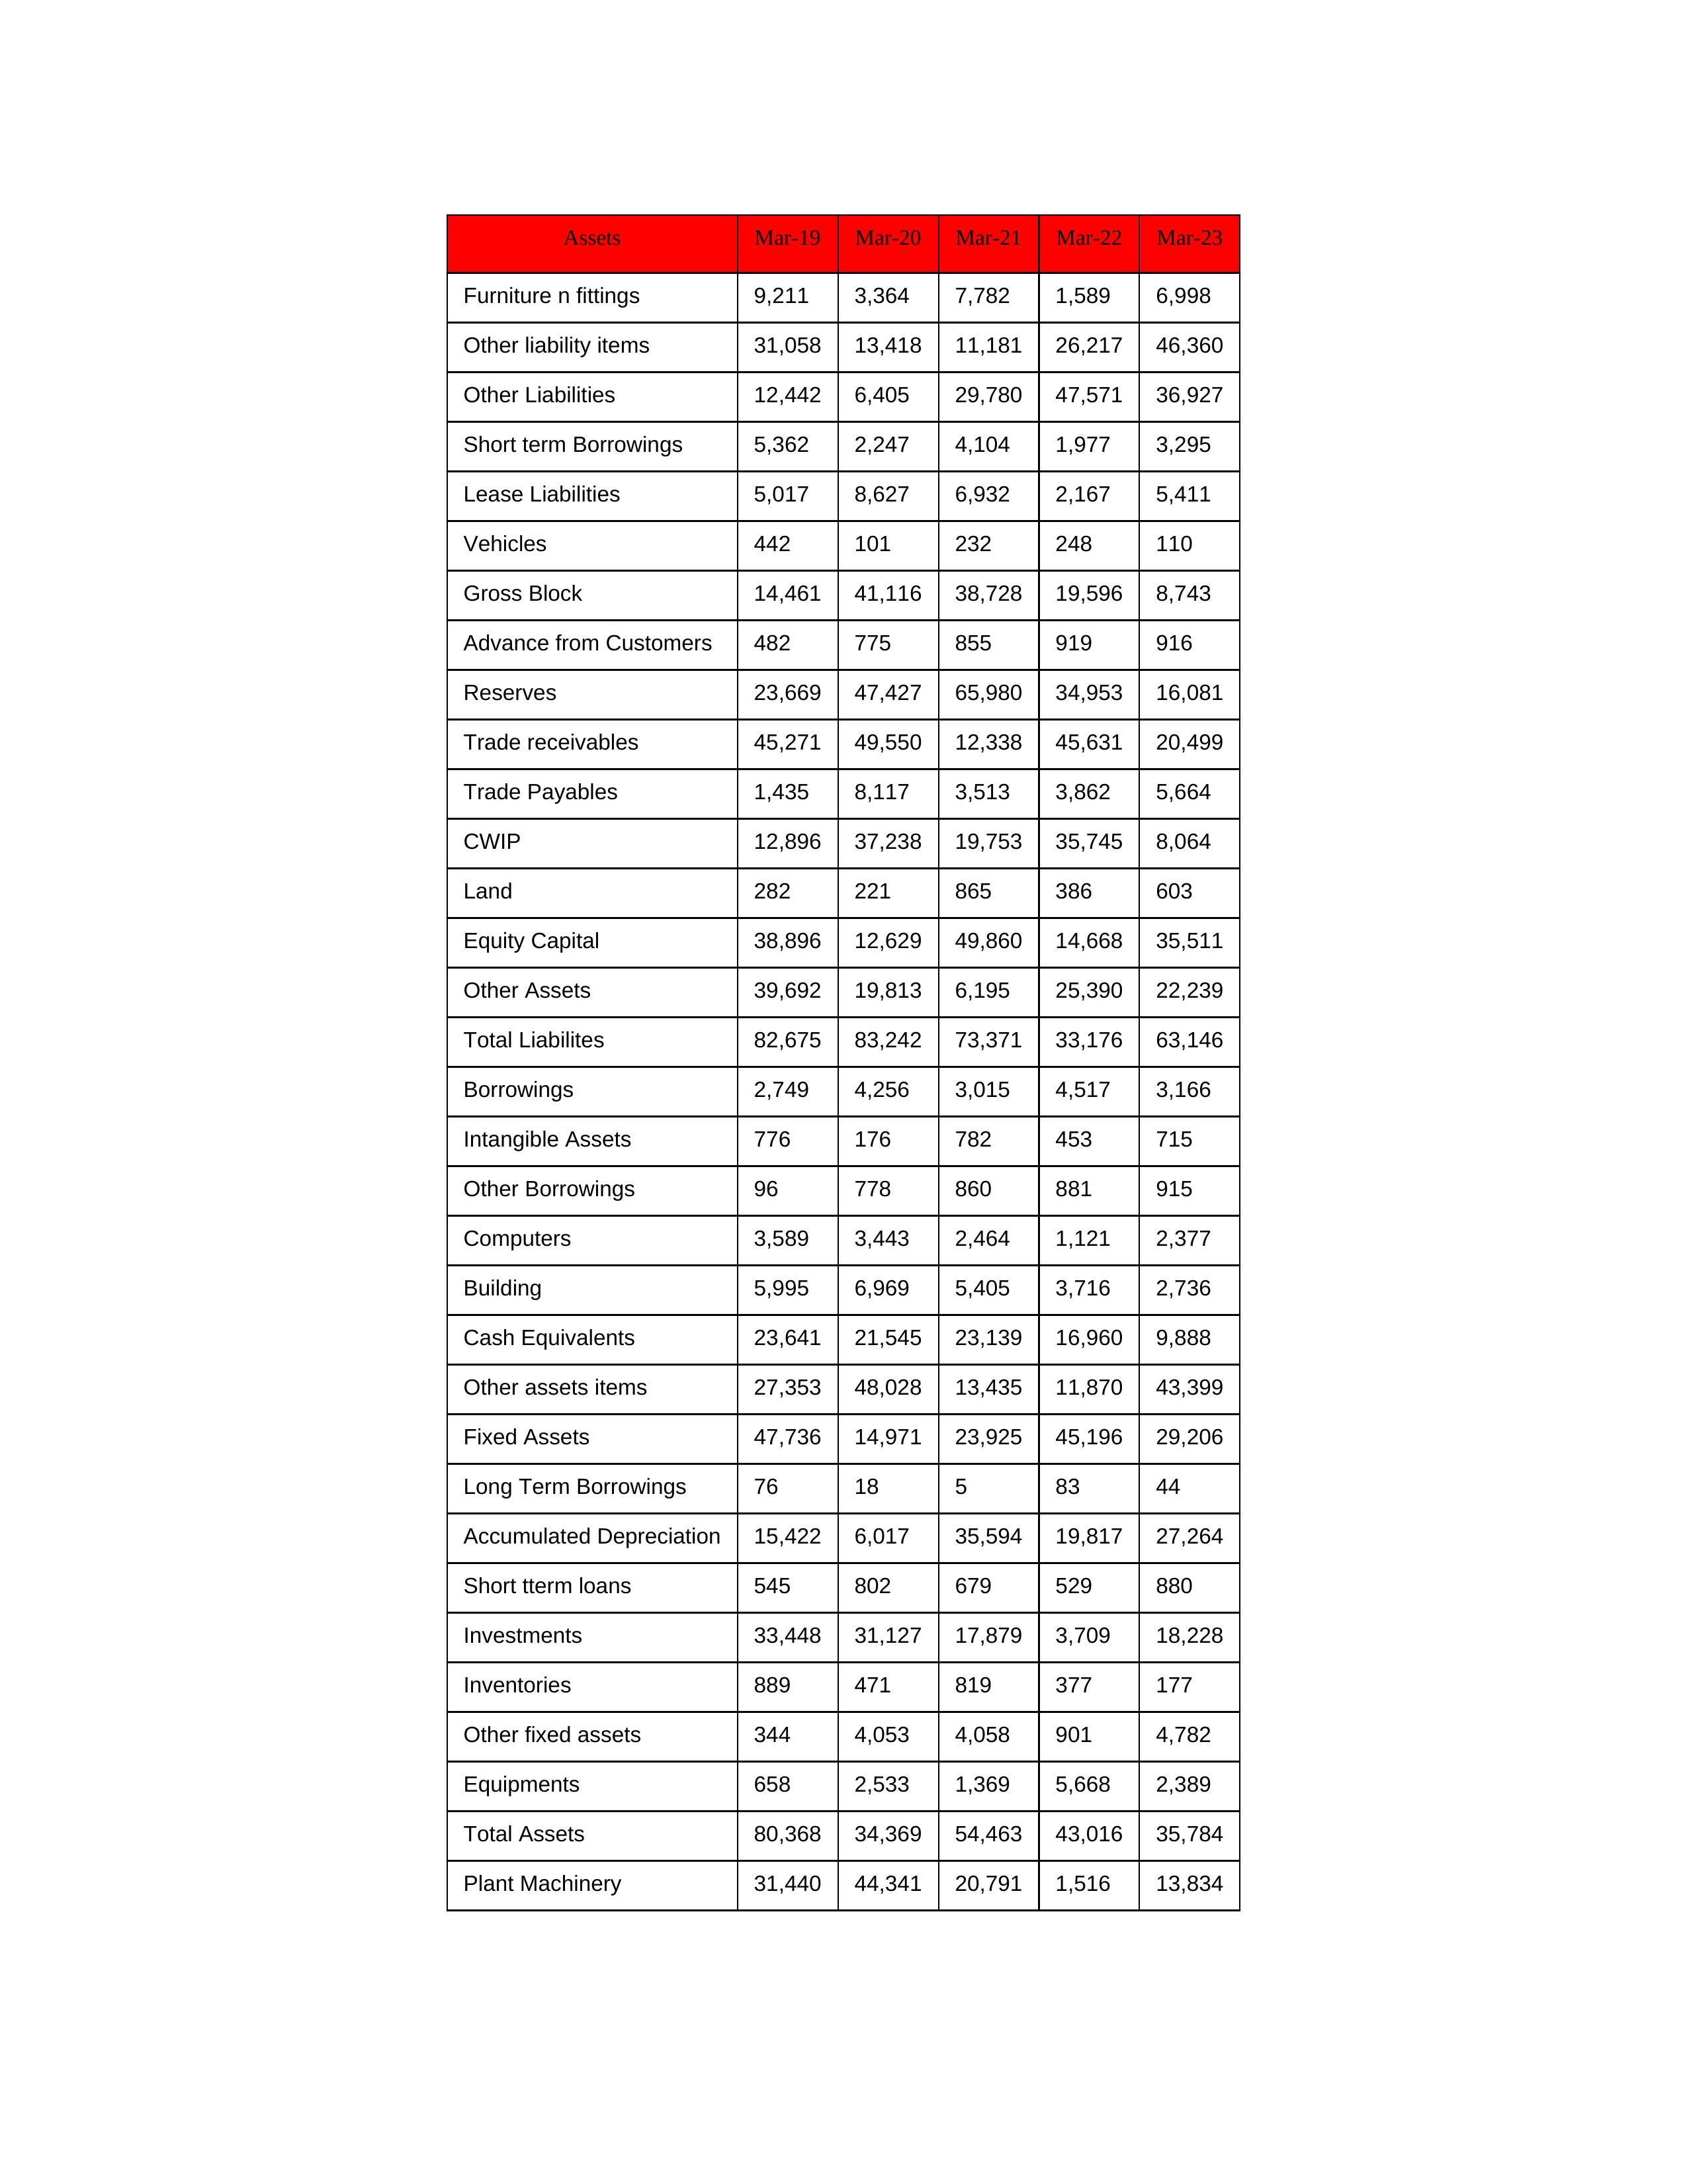
gt_parse: Mar-19: Equity Capital: 38,896
Reserves: 23,669
Borrowings: 2,749
Long Term Borrowings: 76
Short term Borrowings: 5,362
Lease Liabilities: 5,017
Other Borrowings: 96
Other Liabilities: 12,442
Trade Payables: 1,435
Advance from Customers: 482
Other liability items: 31,058
Total Liabilites: 82,675
Fixed Assets: 47,736
Land: 282
Building: 5,995
Plant Machinery: 31,440
Equipments: 658
Computers: 3,589
Furniture n fittings: 9,211
Vehicles: 442
Intangible Assets: 776
Other fixed assets: 344
Gross Block: 14,461
Accumulated Depreciation: 15,422
CWIP: 12,896
Investments: 33,448
Other Assets: 39,692
Inventories: 889
Trade receivables: 45,271
Cash Equivalents: 23,641
Short tterm loans: 545
Other assets items: 27,353
Total Assets: 80,368
Mar-20: Equity Capital: 12,629
Reserves: 47,427
Borrowings: 4,256
Long Term Borrowings: 18
Short term Borrowings: 2,247
Lease Liabilities: 8,627
Other Borrowings: 778
Other Liabilities: 6,405
Trade Payables: 8,117
Advance from Customers: 775
Other liability items: 13,418
Total Liabilites: 83,242
Fixed Assets: 14,971
Land: 221
Building: 6,969
Plant Machinery: 44,341
Equipments: 2,533
Computers: 3,443
Furniture n fittings: 3,364
Vehicles: 101
Intangible Assets: 176
Other fixed assets: 4,053
Gross Block: 41,116
Accumulated Depreciation: 6,017
CWIP: 37,238
Investments: 31,127
Other Assets: 19,813
Inventories: 471
Trade receivables: 49,550
Cash Equivalents: 21,545
Short tterm loans: 802
Other assets items: 48,028
Total Assets: 34,369
Mar-21: Equity Capital: 49,860
Reserves: 65,980
Borrowings: 3,015
Long Term Borrowings: 5
Short term Borrowings: 4,104
Lease Liabilities: 6,932
Other Borrowings: 860
Other Liabilities: 29,780
Trade Payables: 3,513
Advance from Customers: 855
Other liability items: 11,181
Total Liabilites: 73,371
Fixed Assets: 23,925
Land: 865
Building: 5,405
Plant Machinery: 20,791
Equipments: 1,369
Computers: 2,464
Furniture n fittings: 7,782
Vehicles: 232
Intangible Assets: 782
Other fixed assets: 4,058
Gross Block: 38,728
Accumulated Depreciation: 35,594
CWIP: 19,753
Investments: 17,879
Other Assets: 6,195
Inventories: 819
Trade receivables: 12,338
Cash Equivalents: 23,139
Short tterm loans: 679
Other assets items: 13,435
Total Assets: 54,463
Mar-22: Equity Capital: 14,668
Reserves: 34,953
Borrowings: 4,517
Long Term Borrowings: 83
Short term Borrowings: 1,977
Lease Liabilities: 2,167
Other Borrowings: 881
Other Liabilities: 47,571
Trade Payables: 3,862
Advance from Customers: 919
Other liability items: 26,217
Total Liabilites: 33,176
Fixed Assets: 45,196
Land: 386
Building: 3,716
Plant Machinery: 1,516
Equipments: 5,668
Computers: 1,121
Furniture n fittings: 1,589
Vehicles: 248
Intangible Assets: 453
Other fixed assets: 901
Gross Block: 19,596
Accumulated Depreciation: 19,817
CWIP: 35,745
Investments: 3,709
Other Assets: 25,390
Inventories: 377
Trade receivables: 45,631
Cash Equivalents: 16,960
Short tterm loans: 529
Other assets items: 11,870
Total Assets: 43,016
Mar-23: Equity Capital: 35,511
Reserves: 16,081
Borrowings: 3,166
Long Term Borrowings: 44
Short term Borrowings: 3,295
Lease Liabilities: 5,411
Other Borrowings: 915
Other Liabilities: 36,927
Trade Payables: 5,664
Advance from Customers: 916
Other liability items: 46,360
Total Liabilites: 63,146
Fixed Assets: 29,206
Land: 603
Building: 2,736
Plant Machinery: 13,834
Equipments: 2,389
Computers: 2,377
Furniture n fittings: 6,998
Vehicles: 110
Intangible Assets: 715
Other fixed assets: 4,782
Gross Block: 8,743
Accumulated Depreciation: 27,264
CWIP: 8,064
Investments: 18,228
Other Assets: 22,239
Inventories: 177
Trade receivables: 20,499
Cash Equivalents: 9,888
Short tterm loans: 880
Other assets items: 43,399
Total Assets: 35,784